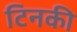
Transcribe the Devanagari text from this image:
टिनकी